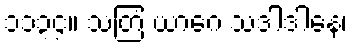
၁၁၃၄။ သတြံ ယာဂေ သဒါဒါနေ၊